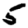
Digit: 5